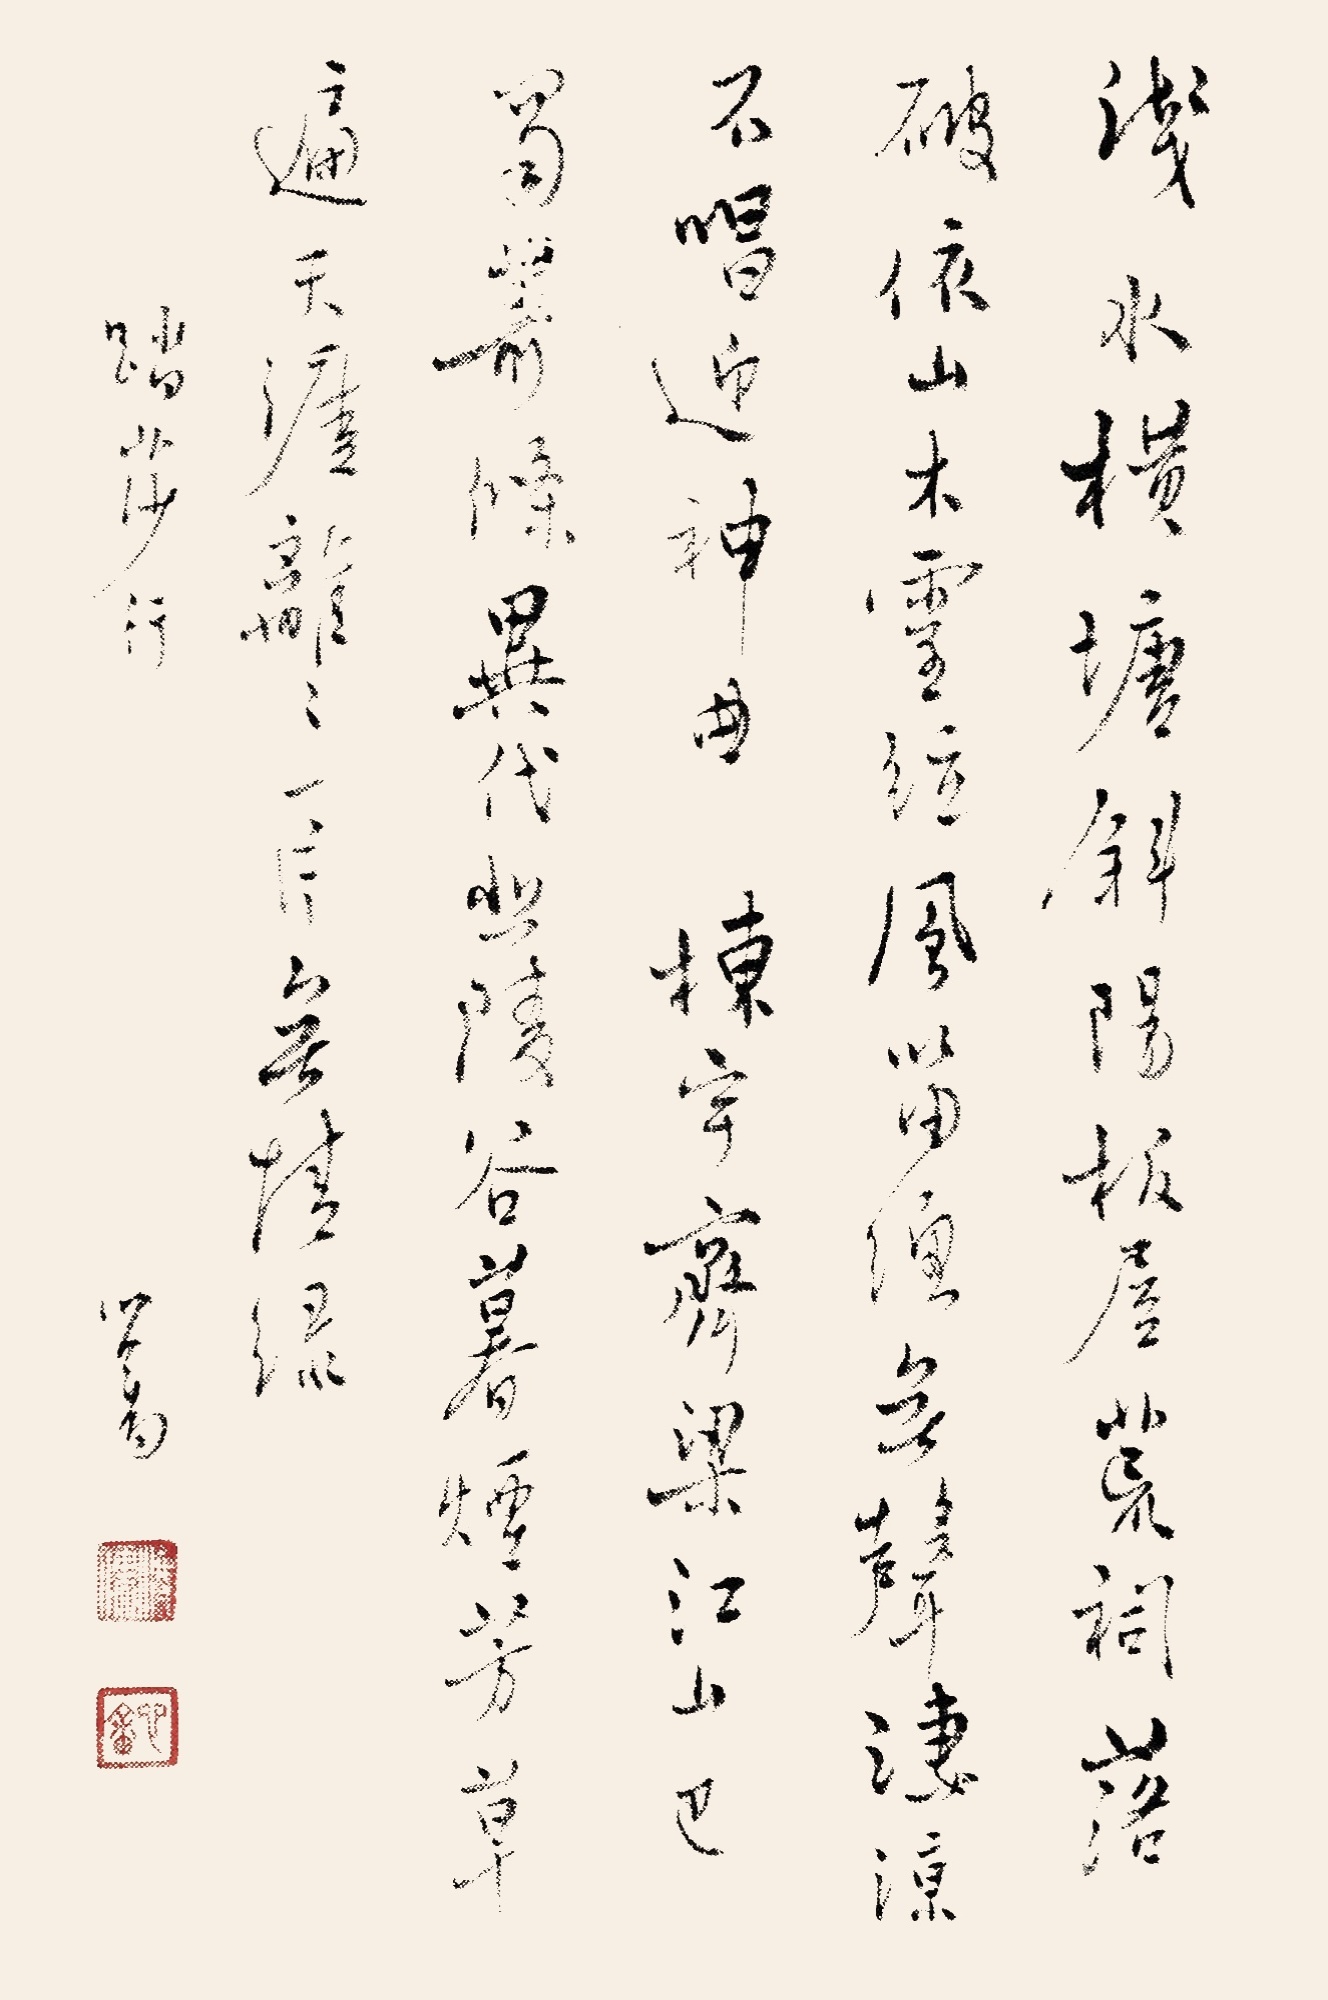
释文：浅水横塘，斜阳板屋。荒祠破落依山木。灵弦风笛总无声，凄凉不唱迎神曲。栋宇齐梁，江山巴蜀。萧条异代悲陵谷。暮烟芳草遍天涯，离离一片无情绿。《踏莎行》，溥儒。